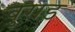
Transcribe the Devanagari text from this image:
बुराड